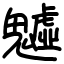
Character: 魖